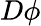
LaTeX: D\phi